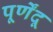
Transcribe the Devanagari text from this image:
पूर्णेंदू